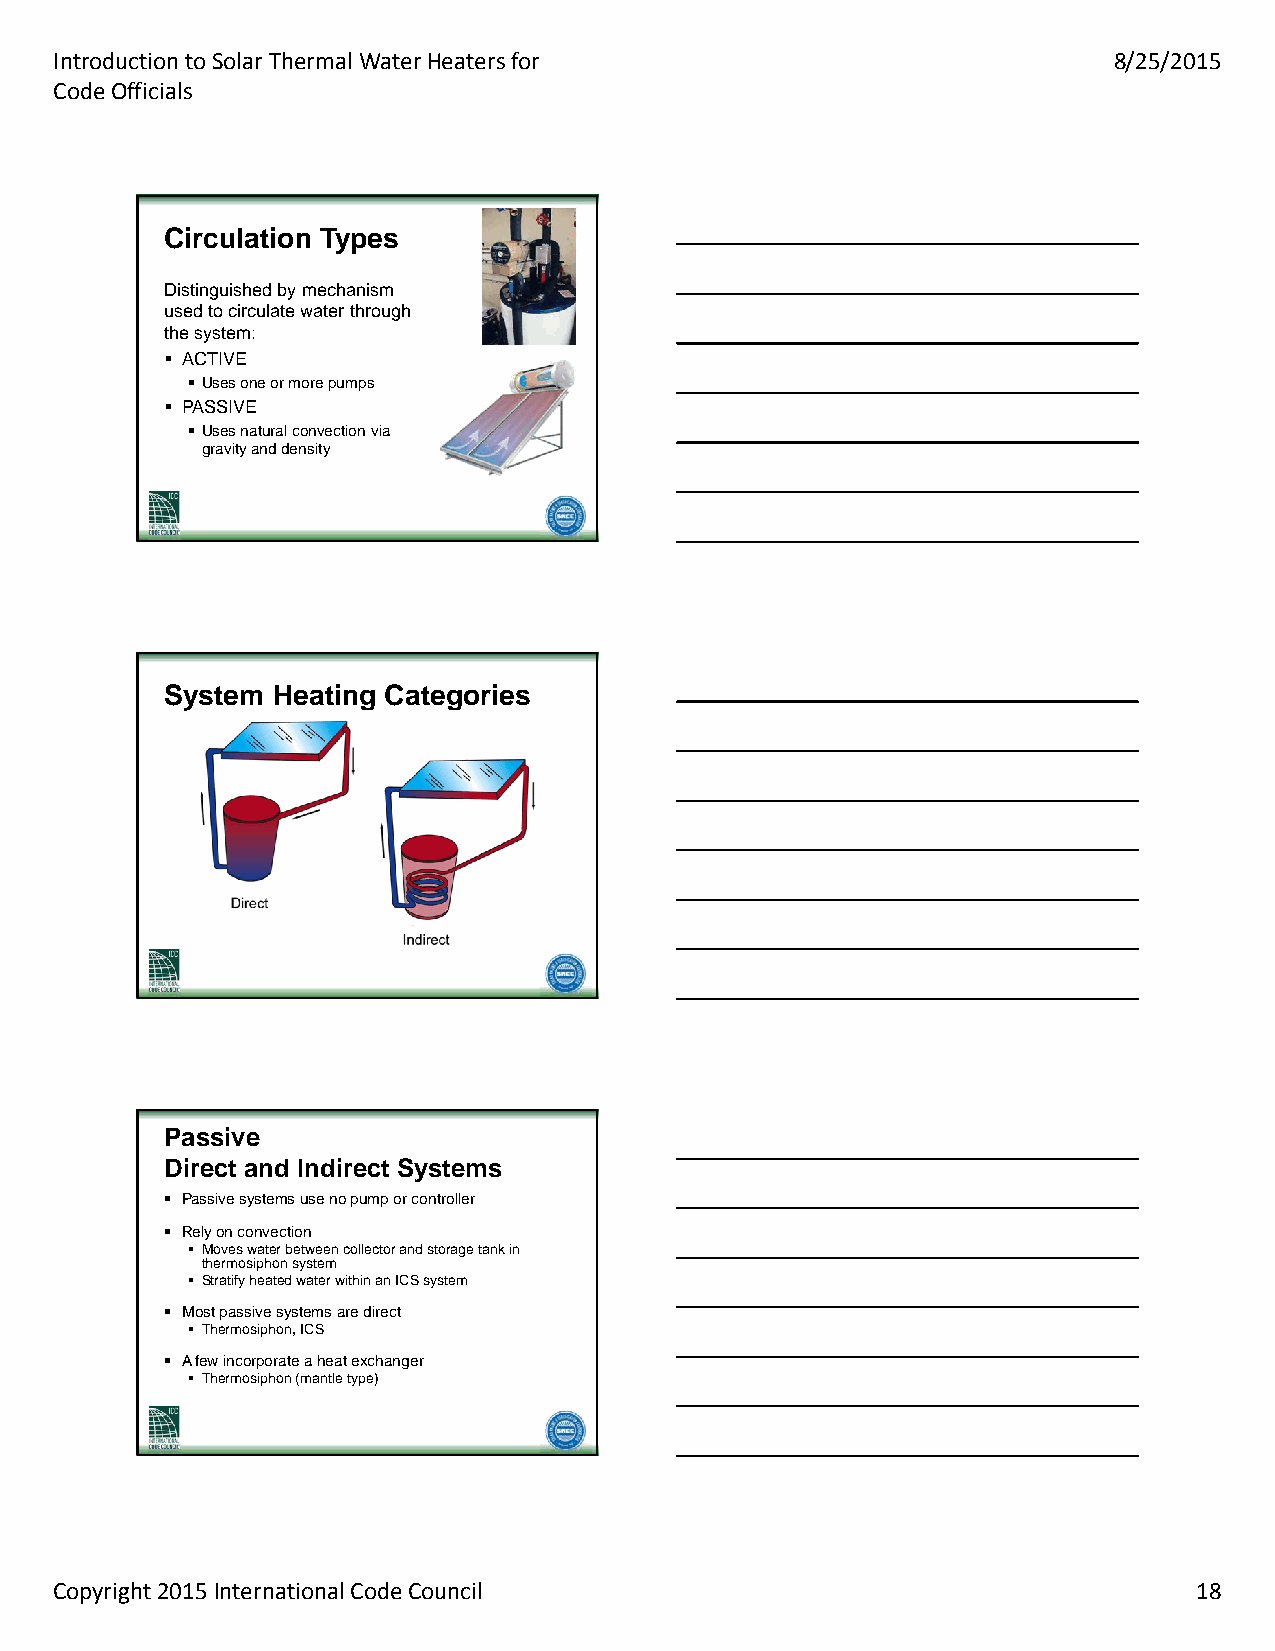
Introduction to Solar Thermal Water Heaters for                       8/25/2015
 Code Officials
 CCiirrccuullaattiioonn TTyyppeess
 Distinguished by mechanism
 used to circulate water through
 the system:
  ACTIVE
  Uses one or more pumps
  PASSIVE
  Uses natural convection via
 gravity and density
 SSyysstteemm HHeeaattiinngg CCaatteeggoorriieess
 PPaassssiivvee
 DDiirreecctt aanndd IInnddiirreecctt SSyysstteemmss
  Passive systems use no pump or controller
  Rely on convection
  Moves water between collector and storage tank in
 thermosiphon system
  Stratify heated water within an ICS system
  Most passive systems are direct
  Thermosiphon, ICS
  A few incorporate a heat exchanger
  Thermosiphon (mantle type)
 Copyright 2015 International Code Council                                  18